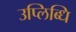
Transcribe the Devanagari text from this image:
उप्लिब्धि